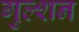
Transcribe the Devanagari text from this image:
गुल्शन